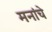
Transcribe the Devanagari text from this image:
मनांचे